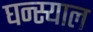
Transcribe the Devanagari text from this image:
घन्स्याल